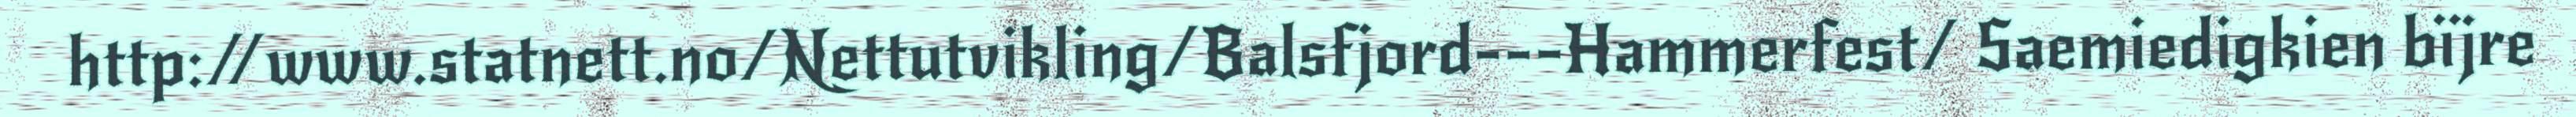
http://www.statnett.no/Nettutvikling/Balsfjord---Hammerfest/ Saemiedigkien bïjre